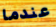
عندما